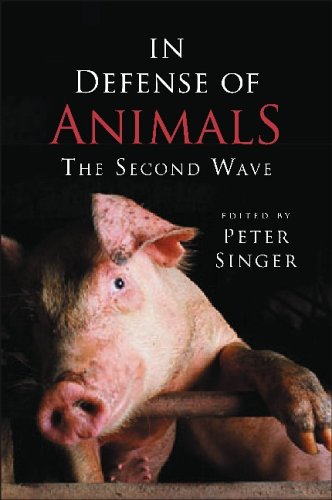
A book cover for In Defense of Animals: The Second Wave; Science & Math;